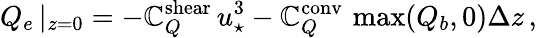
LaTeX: Q_{e}\, |_{z=0}=-\mathbb{C}_{Q}^{\mathrm{{shear}}}\, u_{\star}^{3}-\mathbb{C}_{Q}^{\mathrm{{conv}}}\, \operatorname*{max}(Q_{b},0)\Delta z\, ,